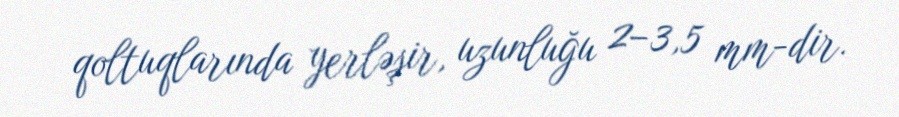
qoltuqlarında yerləşir, uzunluğu 2–3,5 mm-dir.